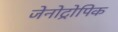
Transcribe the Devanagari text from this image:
जेनोट्रोपिक